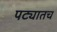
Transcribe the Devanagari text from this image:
पट्यातच